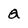
Character: Q